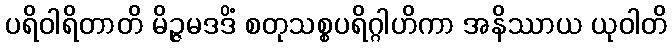
ပရိဝါရိတာတိ မိဉ္ဇမဒဒိံ စတုသစ္စပရိဂ္ဂါဟိကာ အနိဿာယ ယုဝါတိ